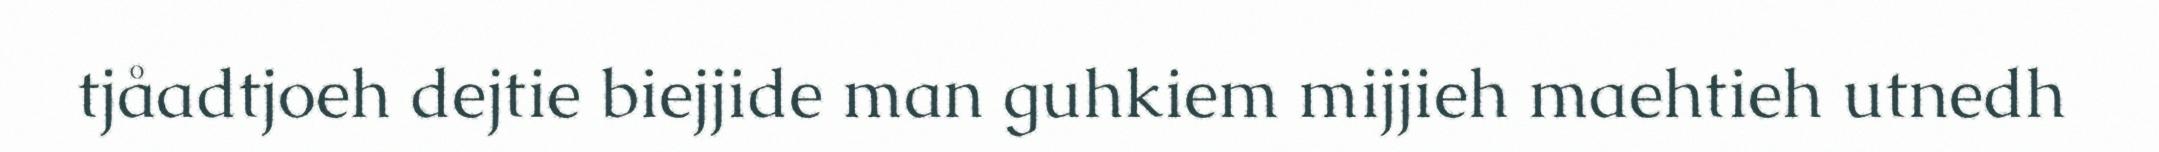
tjåadtjoeh dejtie biejjide man guhkiem mijjieh maehtieh utnedh